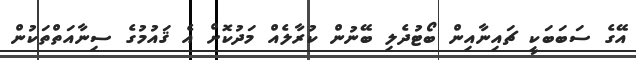
އޭގެ ސަބަބަކީ ޗައިނާއިން ބޯޓުދެލި ބޭނުން ކުރާލެއް މަދުކޮށް އެ ޤައުމުގެ ސިނާއަތްތަކުން